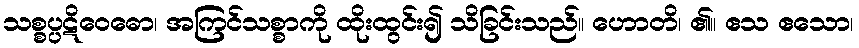
သစ္စပ္ပဋိဝေဓော၊ အကြင်သစ္စာကို ထိုးထွင်း၍ သိခြင်းသည်။ ဟောတိ၊ ၏။ ဧသ ဧသော၊